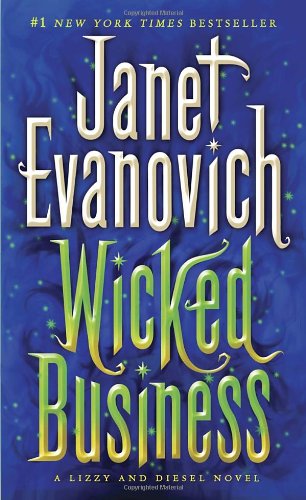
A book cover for Wicked Business: A Lizzy and Diesel Novel (Lizzy & Diesel); Janet Evanovich; Mystery, Thriller & Suspense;